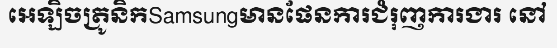
អេឡិចត្រូនិកSamsungមានផែនការជំរុញការងារ នៅ